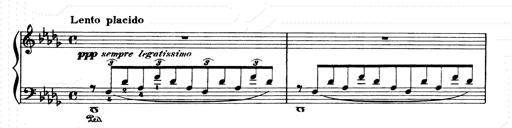
Title: Consolations and LiebestrÃ¤ume for the Piano
Composer: Franz Liszt